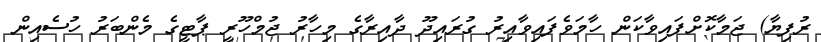
ރުފިޔާ) ޖަމާކޮށްފައިވާކަން ހާމަވެފައިވާއިރު ގުރައިދޫ ދާއިރާގެ މިހާރު ޖުމްހޫރީ ޕާޓީގެ މެންބަރު ހުސެއިން